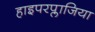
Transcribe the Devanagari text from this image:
हाइपरप्लाजिया